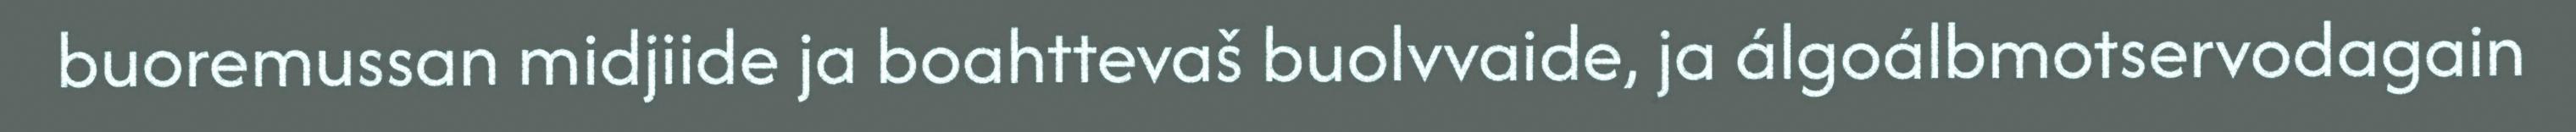
buoremussan midjiide ja boahttevaš buolvvaide, ja álgoálbmotservodagain